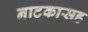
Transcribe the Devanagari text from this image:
नाटकासह